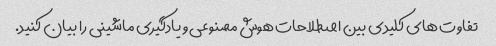
تفاوت های کلیدی بین اصطلاحات هوش مصنوعی و یادگیری ماشینی را بیان کنید.